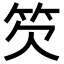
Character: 䇜